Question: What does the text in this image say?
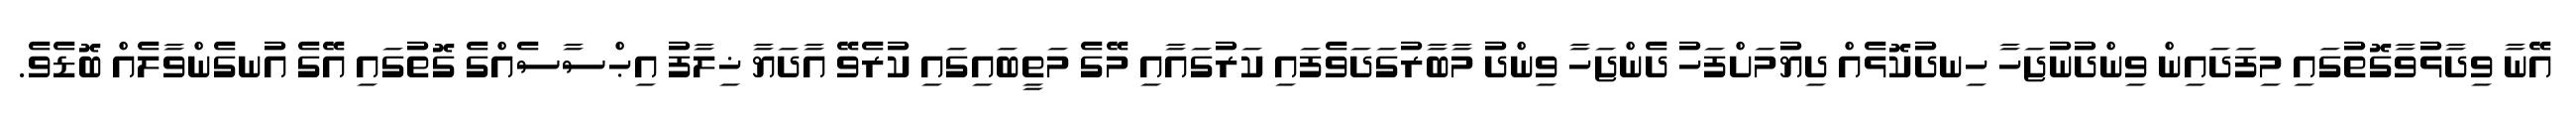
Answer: އޭނާ ވިދާޅުވާގޮތުގައި މިފަދައިން ވިންދުނުޖަހާ ހިނދުކޮޅެއް ދިޔުމަށްފަހު ދެންޖަހާ ވިންދު މާބާރުގަދަވެފައި ކަރުގައާއި މޭގެ މަތީބައިގައި ކުރެވޭ އާދަޔާ ޚިލާފު އިޙްސާސެއްގެ ގޮތުގައި އޭގެ އުނގެންވާލެއް ބޮޑެވެ.